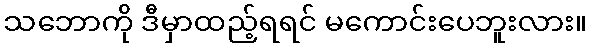
သဘောကို ဒီမှာထည့်ရရင် မကောင်းပေဘူးလား။